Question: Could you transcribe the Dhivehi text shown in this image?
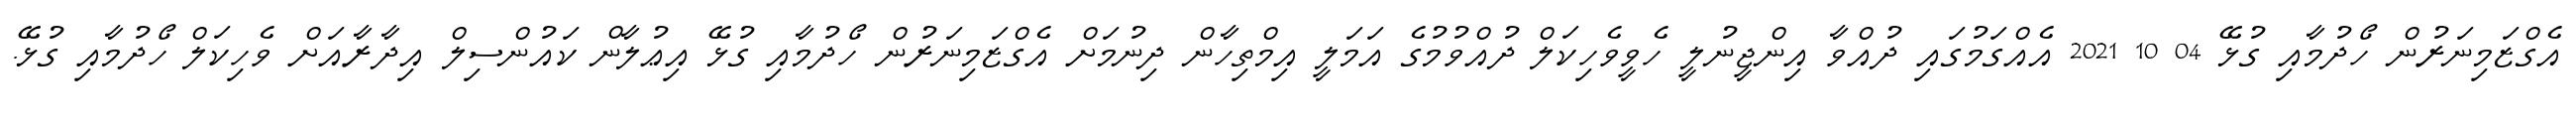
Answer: އެގްޒަމިނަރުން ހޯދުމާއި ގުޅޭ 04 10 2021 އެއްގަމުގައި ދުއްވާ އިންޖީނުލީ ހެވީވެހިކަލް ދުއްވުމުގެ އަމަލީ އިމްތިހާން ދިނުމަށް އެގްޒަމިނަރުން ހޯދުމާއި ގުޅޭ އިޢުލާން ކައުންސިލް އިދާރާއަށް ވެހިކަލް ހޯދުމާއި ގުޅޭ.